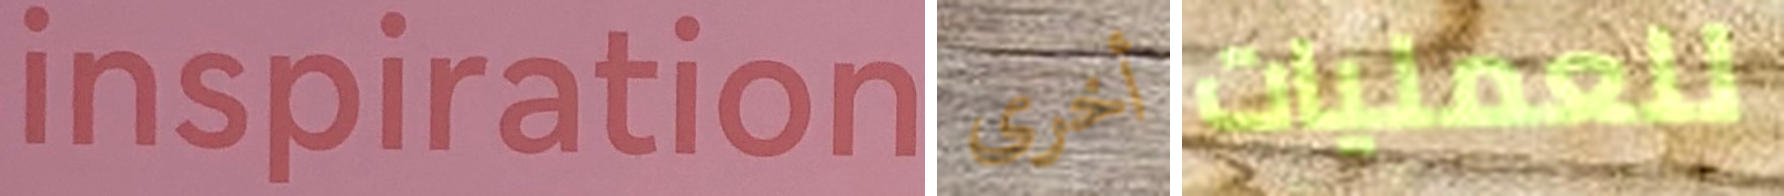
inspiration أخرى للعمليات